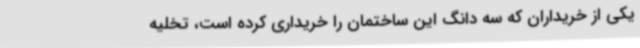
یکی از خریداران که سه دانگ این ساختمان را خریداری کرده است، تخلیه